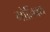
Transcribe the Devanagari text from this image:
गोलिक्थ